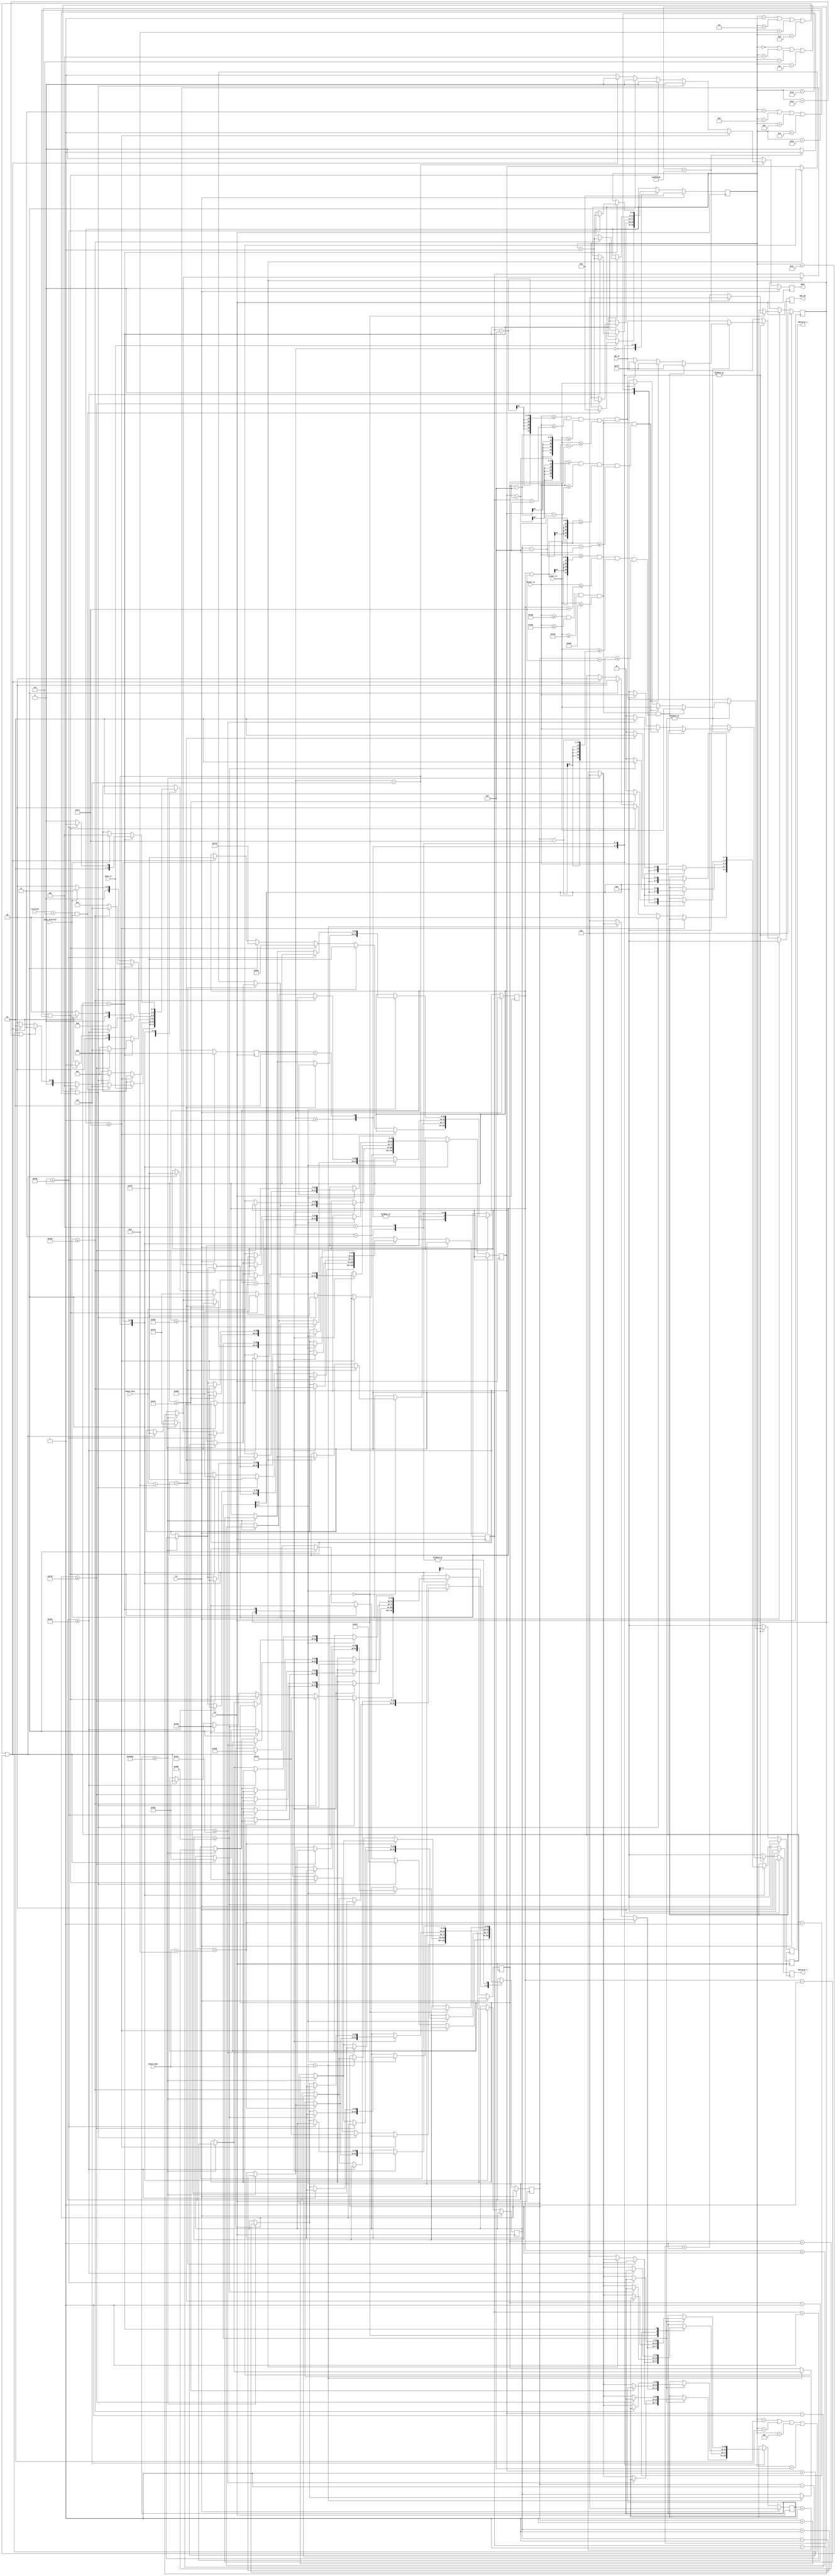
`timescale 1ns / 1ps
//////////////////////////////////////////////////////////////////////////////////
// Company: 
// Engineer: 
// 
// Design Name: 
// Module Name: splitting_obstacle
// Project Name: 
// Target Devices: 
// Tool Versions: 
// Description: 
// 
// Dependencies: 
// 
// Revision:
// Revision 0.01 - File Created
// Additional Comments:
// 
//////////////////////////////////////////////////////////////////////////////////

/*
/MO-created module. 
/
*/

module splitting_obstacle
    #( parameter
        SELECT_CODE = 3'b110
    )
    (
        input wire  [11:0] vcount_in,
        input wire  [11:0] hcount_in,
        input wire clk,
        input wire rst,
        input wire [11:0] rgb_in,
        input wire play_selected,
        input wire [2:0] selected,
        input wire done_in,
        input wire [11:0] mouse_xpos,
        input wire [11:0] mouse_ypos,
        
        output reg [11:0] rgb_out,
        output reg [11:0] obstacle_x,
        output reg [11:0] obstacle_y,
        output reg done
    );

localparam COUNTER_AIM              = 65000000,     //1 sec
           COUNTER_FASTER_MOVE      = 150000,
           COUNTER_FAST_MOVE        = 300000,
           COUNTER_AFTER_FALL       = 32500000;   //0,5 sec
           
localparam IDLE                 = 3'b000,
           THROW_FROM_TOP       = 3'b001,
           THROW_FROM_BOTTOM    = 3'b010,
           THROW_FROM_LEFT      = 3'b011,
           THROW_FROM_RIGHT     = 3'b100,
           THROW_DISTRIBUTOR    = 3'b101;

localparam AIMING   = 2'b00,
           FALLING  = 2'b01,
           SPLIT    = 2'b10;

localparam BIG_SQUARE_WIDTH     = 20,
           SMALL_SQUARE_WIDTH   = 15;

localparam GAME_FIELD_TOP       = 317,
           GAME_FIELD_BOTTOM    = 617,
           GAME_FIELD_LEFT      = 361,
           GAME_FIELD_RIGHT     = 661,
           X_AXIS_MIDDLE        = (GAME_FIELD_LEFT + GAME_FIELD_RIGHT)/2,
           Y_AXIS_MIDDLE        = (GAME_FIELD_TOP + GAME_FIELD_BOTTOM)/2,
           MAX_DIST_FROM_BORDER = 90;

//basic regs           
reg [2:0] state, state_nxt;
reg [1:0] obstacle_state, obstacle_state_nxt;           
reg [11:0] rgb_nxt;
reg done_nxt;
    
//waiting counters
reg [25:0] aim_counter, aim_counter_nxt;
reg [25:0] counter_obstacle_move, counter_obstacle_move_nxt;
reg [25:0] counter_after_fall, counter_after_fall_nxt;

//dmg field of obstacle
reg [11:0] obstacle_x_nxt, obstacle_y_nxt;

//regs for moving the obstacle
reg [25:0] obstacle_center_x, obstacle_center_x_nxt, obstacle_center_y, obstacle_center_y_nxt; //main obstacle before split, also center obstacle after split
reg [25:0] obstacle_left_x, obstacle_left_x_nxt, obstacle_left_y, obstacle_left_y_nxt;     //left is also top obstacle after split
reg [25:0] obstacle_right_x, obstacle_right_x_nxt, obstacle_right_y ,obstacle_right_y_nxt;   //right is also bot obstacle after split

//specialist regs
reg [5:0] throw_counter, throw_counter_nxt;




always @(posedge clk) begin
    if (rst) begin
        state                       <= IDLE;
        obstacle_state              <= AIMING;
        rgb_out                     <= 0; 
        obstacle_x                  <= 0;
        obstacle_y                  <= 0;
        counter_obstacle_move       <= 0;
        counter_after_fall          <= 0;
        throw_counter               <= 0;
        done                        <= 0;
        aim_counter                 <= 0;



    end
    else begin
        state                       <= state_nxt;
        obstacle_state              <= obstacle_state_nxt;
        rgb_out                     <= rgb_nxt;
        
        obstacle_x                  <= obstacle_x_nxt;
        obstacle_y                  <= obstacle_y_nxt;
        
        obstacle_center_x           <= obstacle_center_x_nxt;
        obstacle_center_y           <= obstacle_center_y_nxt;
        
        obstacle_left_x             <= obstacle_left_x_nxt;
        obstacle_left_y             <= obstacle_left_y_nxt;
        
        obstacle_right_x            <= obstacle_right_x_nxt;
        obstacle_right_y            <= obstacle_right_y_nxt;
        
        counter_obstacle_move       <= counter_obstacle_move_nxt;
        counter_after_fall          <= counter_after_fall_nxt;
        throw_counter               <= throw_counter_nxt;
        done                        <= done_nxt;
        aim_counter                 <= aim_counter_nxt;

    end
end

always @* begin
    rgb_nxt                         = rgb_in;
    state_nxt                       = IDLE;
    obstacle_state_nxt              = obstacle_state;
    counter_obstacle_move_nxt       = counter_obstacle_move;
    counter_after_fall_nxt          = counter_after_fall;
    throw_counter_nxt               = throw_counter;
    obstacle_x_nxt                  = 0;
    obstacle_y_nxt                  = 0;
    done_nxt                        = 0;
    aim_counter_nxt                 = aim_counter;

    obstacle_center_x_nxt           = obstacle_center_x;
    obstacle_center_y_nxt           = obstacle_center_y;
    
    obstacle_left_x_nxt             = obstacle_left_x;
    obstacle_left_y_nxt             = obstacle_left_y;
    
    obstacle_right_x_nxt            = obstacle_right_x;
    obstacle_right_y_nxt            = obstacle_right_y;
    
    case (state)
        IDLE: begin
            if (done_in) begin
                if ((selected == SELECT_CODE) && play_selected) begin
                    state_nxt = THROW_DISTRIBUTOR;
                    throw_counter_nxt = 0;
                    end
                end
            else
                state_nxt = IDLE;

        end //end state
        
        THROW_DISTRIBUTOR: begin
            //finish obstacle
            if (throw_counter >= 20) begin
                state_nxt = IDLE;
                done_nxt = 1;
                end
            //THROW_FROM_TOP
            else if (throw_counter == 0 || throw_counter == 4 || throw_counter == 6 || throw_counter == 12 || throw_counter == 18 ) begin
                state_nxt = THROW_FROM_TOP;
                obstacle_center_x_nxt = X_AXIS_MIDDLE;
                obstacle_center_y_nxt = GAME_FIELD_TOP + BIG_SQUARE_WIDTH;
                obstacle_left_x_nxt = X_AXIS_MIDDLE;
                obstacle_left_y_nxt = GAME_FIELD_TOP + SMALL_SQUARE_WIDTH;
                obstacle_right_x_nxt = X_AXIS_MIDDLE;
                obstacle_right_y_nxt = GAME_FIELD_TOP + SMALL_SQUARE_WIDTH;
                obstacle_state_nxt = AIMING;
                end
            //THROW_FROM_RIGHT
            else if (throw_counter == 3 || throw_counter == 8 || throw_counter == 9 || throw_counter == 14 || throw_counter == 16 ) begin
                state_nxt = THROW_FROM_RIGHT;
                obstacle_center_x_nxt = GAME_FIELD_RIGHT - BIG_SQUARE_WIDTH;
                obstacle_center_y_nxt = Y_AXIS_MIDDLE;
                obstacle_left_x_nxt = GAME_FIELD_RIGHT - SMALL_SQUARE_WIDTH;
                obstacle_left_y_nxt = Y_AXIS_MIDDLE;
                obstacle_right_x_nxt = GAME_FIELD_RIGHT - SMALL_SQUARE_WIDTH;
                obstacle_right_y_nxt = Y_AXIS_MIDDLE;
                obstacle_state_nxt = AIMING;
                end
            //THROW_FROM_LEFT
            else if (throw_counter == 2 || throw_counter == 5 || throw_counter == 11 || throw_counter == 15 || throw_counter == 19 ) begin
                state_nxt = THROW_FROM_LEFT;
                obstacle_center_x_nxt = GAME_FIELD_LEFT + BIG_SQUARE_WIDTH;
                obstacle_center_y_nxt = Y_AXIS_MIDDLE;
                obstacle_left_x_nxt = GAME_FIELD_LEFT + SMALL_SQUARE_WIDTH;
                obstacle_left_y_nxt = Y_AXIS_MIDDLE;
                obstacle_right_x_nxt = GAME_FIELD_LEFT + SMALL_SQUARE_WIDTH;
                obstacle_right_y_nxt = Y_AXIS_MIDDLE;
                obstacle_state_nxt = AIMING;
                end
            //THROW_FROM_BOTTOM
            else if (throw_counter == 1 || throw_counter == 7 || throw_counter == 10 || throw_counter == 13 || throw_counter == 17 ) begin
                state_nxt = THROW_FROM_BOTTOM;
                obstacle_center_x_nxt = X_AXIS_MIDDLE;
                obstacle_center_y_nxt = GAME_FIELD_BOTTOM - BIG_SQUARE_WIDTH;
                obstacle_left_x_nxt = X_AXIS_MIDDLE;
                obstacle_left_y_nxt = GAME_FIELD_BOTTOM - SMALL_SQUARE_WIDTH;
                obstacle_right_x_nxt = X_AXIS_MIDDLE;
                obstacle_right_y_nxt = GAME_FIELD_BOTTOM - SMALL_SQUARE_WIDTH;
                obstacle_state_nxt = AIMING;
                end
            //if somehow none of the above is true then end obstacle    
            else begin
                state_nxt = IDLE;
                done_nxt = 1;
                end


        end //end state
        
        THROW_FROM_TOP: begin
        
            if (!play_selected)
                state_nxt = IDLE;
            else 
                state_nxt = THROW_FROM_TOP; 
                
            case (obstacle_state)     
                AIMING: begin

                    if ((hcount_in >= GAME_FIELD_LEFT && hcount_in <= GAME_FIELD_RIGHT && vcount_in >= GAME_FIELD_TOP && vcount_in <= GAME_FIELD_BOTTOM) &&    //squares are visible only inside the game_field
                    (hcount_in >= obstacle_center_x - BIG_SQUARE_WIDTH && hcount_in <= obstacle_center_x + BIG_SQUARE_WIDTH && vcount_in >= obstacle_center_y - BIG_SQUARE_WIDTH && vcount_in <= obstacle_center_y + BIG_SQUARE_WIDTH ))  begin 
                        rgb_nxt = 12'hf_f_f;
                        obstacle_x_nxt = hcount_in;
                        obstacle_y_nxt = vcount_in;
                        end
                   else if ((hcount_in >= GAME_FIELD_LEFT && hcount_in <= GAME_FIELD_RIGHT && vcount_in >= GAME_FIELD_TOP && vcount_in <= GAME_FIELD_BOTTOM) &&    //squares are visible only inside the game_field
                   (hcount_in >= obstacle_left_x - SMALL_SQUARE_WIDTH && hcount_in <= obstacle_left_x + SMALL_SQUARE_WIDTH && vcount_in >= obstacle_left_y - SMALL_SQUARE_WIDTH && vcount_in <= obstacle_left_y + SMALL_SQUARE_WIDTH )) begin
                        rgb_nxt = 12'hf_f_f;
                        obstacle_x_nxt = hcount_in;
                        obstacle_y_nxt = vcount_in;
                        end
                    else if ((hcount_in >= GAME_FIELD_LEFT && hcount_in <= GAME_FIELD_RIGHT && vcount_in >= GAME_FIELD_TOP && vcount_in <= GAME_FIELD_BOTTOM) &&    //squares are visible only inside the game_field
                    (hcount_in >= obstacle_right_x - SMALL_SQUARE_WIDTH && hcount_in <= obstacle_right_x + SMALL_SQUARE_WIDTH && vcount_in >= obstacle_right_y - SMALL_SQUARE_WIDTH && vcount_in <= obstacle_right_y + SMALL_SQUARE_WIDTH )) begin
                        rgb_nxt = 12'hf_f_f;
                        obstacle_x_nxt = hcount_in;
                        obstacle_y_nxt = vcount_in;
                        end
                    else 
                        rgb_nxt = rgb_in;
                        
                    if (aim_counter == COUNTER_AIM) begin
                        aim_counter_nxt = 0;
                        obstacle_state_nxt = FALLING;
                        end
                    else begin
                        aim_counter_nxt = aim_counter + 1;
                        obstacle_state_nxt = AIMING;
                    end
                    
                    //spike x axis following , all 3 squares are moving together  
                    if (obstacle_center_x < mouse_xpos + (BIG_SQUARE_WIDTH/2)) begin              
                        if (counter_obstacle_move >= COUNTER_FAST_MOVE) begin
                            obstacle_center_x_nxt = obstacle_center_x + 1;
                            obstacle_left_x_nxt = obstacle_left_x + 1;
                            obstacle_right_x_nxt = obstacle_right_x + 1;
                            counter_obstacle_move_nxt = 0;
                            end
                        else
                            counter_obstacle_move_nxt = counter_obstacle_move + 1;
                        end
                    else if (obstacle_center_x > mouse_xpos) begin         
                        if (counter_obstacle_move >= COUNTER_FAST_MOVE) begin
                            obstacle_center_x_nxt = obstacle_center_x - 1;
                            obstacle_left_x_nxt = obstacle_left_x - 1;
                            obstacle_right_x_nxt = obstacle_right_x - 1;
                            counter_obstacle_move_nxt = 0;
                            end
                        else
                            counter_obstacle_move_nxt = counter_obstacle_move + 1; 
                        end
                    else begin                                          
                        obstacle_center_x_nxt = obstacle_center_x;
                        counter_obstacle_move_nxt = 0;
                        end
                end //end obstacle_state

                //all 3 of the squares falling together
                FALLING: begin
    
                    if ((hcount_in >= GAME_FIELD_LEFT && hcount_in <= GAME_FIELD_RIGHT && vcount_in >= GAME_FIELD_TOP && vcount_in <= GAME_FIELD_BOTTOM) &&    //squares are visible only inside the game_field
                    (hcount_in >= obstacle_center_x - BIG_SQUARE_WIDTH && hcount_in <= obstacle_center_x + BIG_SQUARE_WIDTH && vcount_in >= obstacle_center_y - BIG_SQUARE_WIDTH && vcount_in <= obstacle_center_y + BIG_SQUARE_WIDTH ))  begin 
                        rgb_nxt = 12'hf_f_f;
                        obstacle_x_nxt = hcount_in;
                        obstacle_y_nxt = vcount_in;
                        end
                   else if ((hcount_in >= GAME_FIELD_LEFT && hcount_in <= GAME_FIELD_RIGHT && vcount_in >= GAME_FIELD_TOP && vcount_in <= GAME_FIELD_BOTTOM) &&    //squares are visible only inside the game_field
                   (hcount_in >= obstacle_left_x - SMALL_SQUARE_WIDTH && hcount_in <= obstacle_left_x + SMALL_SQUARE_WIDTH && vcount_in >= obstacle_left_y - SMALL_SQUARE_WIDTH && vcount_in <= obstacle_left_y + SMALL_SQUARE_WIDTH )) begin
                        rgb_nxt = 12'hf_f_f;
                        obstacle_x_nxt = hcount_in;
                        obstacle_y_nxt = vcount_in;
                        end
                    else if ((hcount_in >= GAME_FIELD_LEFT && hcount_in <= GAME_FIELD_RIGHT && vcount_in >= GAME_FIELD_TOP && vcount_in <= GAME_FIELD_BOTTOM) &&    //squares are visible only inside the game_field
                    (hcount_in >= obstacle_right_x - SMALL_SQUARE_WIDTH && hcount_in <= obstacle_right_x + SMALL_SQUARE_WIDTH && vcount_in >= obstacle_right_y - SMALL_SQUARE_WIDTH && vcount_in <= obstacle_right_y + SMALL_SQUARE_WIDTH )) begin
                        rgb_nxt = 12'hf_f_f;
                        obstacle_x_nxt = hcount_in;
                        obstacle_y_nxt = vcount_in;
                        end
                    else 
                        rgb_nxt = rgb_in;
                        
                        
                    if (obstacle_center_y >= GAME_FIELD_TOP + MAX_DIST_FROM_BORDER) begin
                        obstacle_state_nxt = SPLIT;
                        end
                    else begin
                        obstacle_state_nxt =  FALLING;
                        //spike falling without changing x value
                        if (counter_obstacle_move >= COUNTER_FAST_MOVE) begin  
                            obstacle_center_y_nxt = obstacle_center_y + 1;
                            obstacle_left_y_nxt = obstacle_left_y + 1;
                            obstacle_right_y_nxt = obstacle_right_y + 1;
                            counter_obstacle_move_nxt = 0;
                            end
                        else begin
                            counter_obstacle_move_nxt = counter_obstacle_move + 1;
                            end
                        end    
                end //end obstacle_state
                
                //"left" and "right" square are starting to go in 45 degree angle towards opposite border
                SPLIT: begin

                    if ((hcount_in >= GAME_FIELD_LEFT && hcount_in <= GAME_FIELD_RIGHT && vcount_in >= GAME_FIELD_TOP && vcount_in <= GAME_FIELD_BOTTOM) &&         //squares are visible only inside the game_field
                    (hcount_in >= obstacle_center_x - BIG_SQUARE_WIDTH && hcount_in <= obstacle_center_x + BIG_SQUARE_WIDTH && vcount_in >= obstacle_center_y - BIG_SQUARE_WIDTH && vcount_in <= obstacle_center_y + BIG_SQUARE_WIDTH ))  begin 
                        rgb_nxt = 12'hf_f_f;
                        obstacle_x_nxt = hcount_in;
                        obstacle_y_nxt = vcount_in;
                        end
                    else if ( (hcount_in >= GAME_FIELD_LEFT && hcount_in <= GAME_FIELD_RIGHT && vcount_in >= GAME_FIELD_TOP && vcount_in <= GAME_FIELD_BOTTOM) &&   //squares are visible only inside the game_field
                    (hcount_in >= obstacle_left_x - SMALL_SQUARE_WIDTH && hcount_in <= obstacle_left_x + SMALL_SQUARE_WIDTH && vcount_in >= obstacle_left_y - SMALL_SQUARE_WIDTH && vcount_in <= obstacle_left_y + SMALL_SQUARE_WIDTH) ) begin
                        rgb_nxt = 12'hf_f_f;
                        obstacle_x_nxt = hcount_in;
                        obstacle_y_nxt = vcount_in;
                        end
                    else if ((hcount_in >= GAME_FIELD_LEFT && hcount_in <= GAME_FIELD_RIGHT && vcount_in >= GAME_FIELD_TOP && vcount_in <= GAME_FIELD_BOTTOM) &&    //squares are visible only inside the game_field
                    (hcount_in >= obstacle_right_x - SMALL_SQUARE_WIDTH && hcount_in <= obstacle_right_x + SMALL_SQUARE_WIDTH && vcount_in >= obstacle_right_y - SMALL_SQUARE_WIDTH && vcount_in <= obstacle_right_y + SMALL_SQUARE_WIDTH )) begin
                        rgb_nxt = 12'hf_f_f;
                        obstacle_x_nxt = hcount_in;
                        obstacle_y_nxt = vcount_in;
                        end
                    else 
                        rgb_nxt = rgb_in;
                        
                    //since all squares are movving towards opposite border with same speed, only need to check if one of them touched bottom    
                    if (obstacle_center_y >= GAME_FIELD_BOTTOM + BIG_SQUARE_WIDTH) begin
                        state_nxt = THROW_DISTRIBUTOR;
                        throw_counter_nxt = throw_counter + 1;
                        end
                    else begin
                        state_nxt =  THROW_FROM_TOP;
                        if (counter_obstacle_move >= COUNTER_FAST_MOVE) begin  
                            obstacle_center_y_nxt = obstacle_center_y + 1;
                            obstacle_left_x_nxt = obstacle_left_x - 1;
                            obstacle_left_y_nxt = obstacle_left_y + 1;
                            obstacle_right_x_nxt = obstacle_right_x + 1;
                            obstacle_right_y_nxt = obstacle_right_y + 1;
                            counter_obstacle_move_nxt = 0;
                            end
                        else begin
                            counter_obstacle_move_nxt = counter_obstacle_move + 1;
                            end
                        end   
                end //end obstacle_state
            endcase //end obstacle_state case

        end //end state

        THROW_FROM_BOTTOM: begin
        
            if (!play_selected)
                state_nxt = IDLE;
            else 
                state_nxt = THROW_FROM_BOTTOM; 
                
            case (obstacle_state)     
                AIMING: begin

                    if ((hcount_in >= GAME_FIELD_LEFT && hcount_in <= GAME_FIELD_RIGHT && vcount_in >= GAME_FIELD_TOP && vcount_in <= GAME_FIELD_BOTTOM) &&    //squares are visible only inside the game_field
                    (hcount_in >= obstacle_center_x - BIG_SQUARE_WIDTH && hcount_in <= obstacle_center_x + BIG_SQUARE_WIDTH && vcount_in >= obstacle_center_y - BIG_SQUARE_WIDTH && vcount_in <= obstacle_center_y + BIG_SQUARE_WIDTH ))  begin 
                        rgb_nxt = 12'hf_f_f;
                        obstacle_x_nxt = hcount_in;
                        obstacle_y_nxt = vcount_in;
                        end
                   else if ((hcount_in >= GAME_FIELD_LEFT && hcount_in <= GAME_FIELD_RIGHT && vcount_in >= GAME_FIELD_TOP && vcount_in <= GAME_FIELD_BOTTOM) &&    //squares are visible only inside the game_field
                   (hcount_in >= obstacle_left_x - SMALL_SQUARE_WIDTH && hcount_in <= obstacle_left_x + SMALL_SQUARE_WIDTH && vcount_in >= obstacle_left_y - SMALL_SQUARE_WIDTH && vcount_in <= obstacle_left_y + SMALL_SQUARE_WIDTH )) begin
                        rgb_nxt = 12'hf_f_f;
                        obstacle_x_nxt = hcount_in;
                        obstacle_y_nxt = vcount_in;
                        end
                    else if ((hcount_in >= GAME_FIELD_LEFT && hcount_in <= GAME_FIELD_RIGHT && vcount_in >= GAME_FIELD_TOP && vcount_in <= GAME_FIELD_BOTTOM) &&    //squares are visible only inside the game_field
                    (hcount_in >= obstacle_right_x - SMALL_SQUARE_WIDTH && hcount_in <= obstacle_right_x + SMALL_SQUARE_WIDTH && vcount_in >= obstacle_right_y - SMALL_SQUARE_WIDTH && vcount_in <= obstacle_right_y + SMALL_SQUARE_WIDTH )) begin
                        rgb_nxt = 12'hf_f_f;
                        obstacle_x_nxt = hcount_in;
                        obstacle_y_nxt = vcount_in;
                        end
                    else 
                        rgb_nxt = rgb_in;
                        
                    if (aim_counter == COUNTER_AIM) begin
                        aim_counter_nxt = 0;
                        obstacle_state_nxt = FALLING;
                        end
                    else begin
                        aim_counter_nxt = aim_counter + 1;
                        obstacle_state_nxt = AIMING;
                    end
                    
                    // x axis following , all 3 squares are moving together  
                    if (obstacle_center_x < mouse_xpos + (BIG_SQUARE_WIDTH/2)) begin              
                        if (counter_obstacle_move >= COUNTER_FAST_MOVE) begin
                            obstacle_center_x_nxt = obstacle_center_x + 1;
                            obstacle_left_x_nxt = obstacle_left_x + 1;
                            obstacle_right_x_nxt = obstacle_right_x + 1;
                            counter_obstacle_move_nxt = 0;
                            end
                        else
                            counter_obstacle_move_nxt = counter_obstacle_move + 1;
                        end
                    else if (obstacle_center_x > mouse_xpos) begin         
                        if (counter_obstacle_move >= COUNTER_FAST_MOVE) begin
                            obstacle_center_x_nxt = obstacle_center_x - 1;
                            obstacle_left_x_nxt = obstacle_left_x - 1;
                            obstacle_right_x_nxt = obstacle_right_x - 1;
                            counter_obstacle_move_nxt = 0;
                            end
                        else
                            counter_obstacle_move_nxt = counter_obstacle_move + 1; 
                        end
                    else begin                                          
                        obstacle_center_x_nxt = obstacle_center_x;
                        counter_obstacle_move_nxt = 0;
                        end
                end //end obstacle_state

                //all 3 of the squares falling together
                FALLING: begin
    
                    if ((hcount_in >= GAME_FIELD_LEFT && hcount_in <= GAME_FIELD_RIGHT && vcount_in >= GAME_FIELD_TOP && vcount_in <= GAME_FIELD_BOTTOM) &&    //squares are visible only inside the game_field
                    (hcount_in >= obstacle_center_x - BIG_SQUARE_WIDTH && hcount_in <= obstacle_center_x + BIG_SQUARE_WIDTH && vcount_in >= obstacle_center_y - BIG_SQUARE_WIDTH && vcount_in <= obstacle_center_y + BIG_SQUARE_WIDTH ))  begin 
                        rgb_nxt = 12'hf_f_f;
                        obstacle_x_nxt = hcount_in;
                        obstacle_y_nxt = vcount_in;
                        end
                   else if ((hcount_in >= GAME_FIELD_LEFT && hcount_in <= GAME_FIELD_RIGHT && vcount_in >= GAME_FIELD_TOP && vcount_in <= GAME_FIELD_BOTTOM) &&    //squares are visible only inside the game_field
                   (hcount_in >= obstacle_left_x - SMALL_SQUARE_WIDTH && hcount_in <= obstacle_left_x + SMALL_SQUARE_WIDTH && vcount_in >= obstacle_left_y - SMALL_SQUARE_WIDTH && vcount_in <= obstacle_left_y + SMALL_SQUARE_WIDTH )) begin
                        rgb_nxt = 12'hf_f_f;
                        obstacle_x_nxt = hcount_in;
                        obstacle_y_nxt = vcount_in;
                        end
                    else if ((hcount_in >= GAME_FIELD_LEFT && hcount_in <= GAME_FIELD_RIGHT && vcount_in >= GAME_FIELD_TOP && vcount_in <= GAME_FIELD_BOTTOM) &&    //squares are visible only inside the game_field
                    (hcount_in >= obstacle_right_x - SMALL_SQUARE_WIDTH && hcount_in <= obstacle_right_x + SMALL_SQUARE_WIDTH && vcount_in >= obstacle_right_y - SMALL_SQUARE_WIDTH && vcount_in <= obstacle_right_y + SMALL_SQUARE_WIDTH )) begin
                        rgb_nxt = 12'hf_f_f;
                        obstacle_x_nxt = hcount_in;
                        obstacle_y_nxt = vcount_in;
                        end
                    else 
                        rgb_nxt = rgb_in;
                        
                        
                    if (obstacle_center_y <= GAME_FIELD_BOTTOM - MAX_DIST_FROM_BORDER) begin
                        obstacle_state_nxt = SPLIT;
                        end
                    else begin
                        obstacle_state_nxt =  FALLING;

                        if (counter_obstacle_move >= COUNTER_FAST_MOVE) begin  
                            obstacle_center_y_nxt = obstacle_center_y - 1;
                            obstacle_left_y_nxt = obstacle_left_y - 1;
                            obstacle_right_y_nxt = obstacle_right_y - 1;
                            counter_obstacle_move_nxt = 0;
                            end
                        else begin
                            counter_obstacle_move_nxt = counter_obstacle_move + 1;
                            end
                        end    
                end //end obstacle_state
                
                //"left" and "right" square are starting to go in 45 degree angle towards opposite border
                SPLIT: begin
                    
                    if ((hcount_in >= GAME_FIELD_LEFT && hcount_in <= GAME_FIELD_RIGHT && vcount_in >= GAME_FIELD_TOP && vcount_in <= GAME_FIELD_BOTTOM) &&         //squares are visible only inside the game_field
                    (hcount_in >= obstacle_center_x - BIG_SQUARE_WIDTH && hcount_in <= obstacle_center_x + BIG_SQUARE_WIDTH && vcount_in >= obstacle_center_y - BIG_SQUARE_WIDTH && vcount_in <= obstacle_center_y + BIG_SQUARE_WIDTH ))  begin 
                        rgb_nxt = 12'hf_f_f;
                        obstacle_x_nxt = hcount_in;
                        obstacle_y_nxt = vcount_in;
                        end
                    else if ( (hcount_in >= GAME_FIELD_LEFT && hcount_in <= GAME_FIELD_RIGHT && vcount_in >= GAME_FIELD_TOP && vcount_in <= GAME_FIELD_BOTTOM) &&   //squares are visible only inside the game_field
                    (hcount_in >= obstacle_left_x - SMALL_SQUARE_WIDTH && hcount_in <= obstacle_left_x + SMALL_SQUARE_WIDTH && vcount_in >= obstacle_left_y - SMALL_SQUARE_WIDTH && vcount_in <= obstacle_left_y + SMALL_SQUARE_WIDTH) ) begin
                        rgb_nxt = 12'hf_f_f;
                        obstacle_x_nxt = hcount_in;
                        obstacle_y_nxt = vcount_in;
                        end
                    else if ((hcount_in >= GAME_FIELD_LEFT && hcount_in <= GAME_FIELD_RIGHT && vcount_in >= GAME_FIELD_TOP && vcount_in <= GAME_FIELD_BOTTOM) &&    //squares are visible only inside the game_field
                    (hcount_in >= obstacle_right_x - SMALL_SQUARE_WIDTH && hcount_in <= obstacle_right_x + SMALL_SQUARE_WIDTH && vcount_in >= obstacle_right_y - SMALL_SQUARE_WIDTH && vcount_in <= obstacle_right_y + SMALL_SQUARE_WIDTH )) begin
                        rgb_nxt = 12'hf_f_f;
                        obstacle_x_nxt = hcount_in;
                        obstacle_y_nxt = vcount_in;
                        end
                    else 
                        rgb_nxt = rgb_in;
                        
                    //since all squares are movving towards opposite border with same speed, only need to check if one of them touched bottom    
                    if (obstacle_center_y <= GAME_FIELD_TOP - BIG_SQUARE_WIDTH) begin
                        state_nxt = THROW_DISTRIBUTOR;
                        throw_counter_nxt = throw_counter + 1;
                        end
                    else begin
                        state_nxt =  THROW_FROM_BOTTOM;
                        if (counter_obstacle_move >= COUNTER_FAST_MOVE) begin  
                            obstacle_center_y_nxt = obstacle_center_y - 1;
                            obstacle_left_x_nxt = obstacle_left_x - 1;
                            obstacle_left_y_nxt = obstacle_left_y - 1;
                            obstacle_right_x_nxt = obstacle_right_x + 1;
                            obstacle_right_y_nxt = obstacle_right_y - 1;
                            counter_obstacle_move_nxt = 0;
                            end
                        else begin
                            counter_obstacle_move_nxt = counter_obstacle_move + 1;
                            end
                        end   
                end //end obstacle_state
            endcase //end obstacle_state case

        end //end state

        THROW_FROM_LEFT: begin
        
            if (!play_selected)
                state_nxt = IDLE;
            else 
                state_nxt = THROW_FROM_LEFT; 
                
            case (obstacle_state)     
                AIMING: begin

                    if ((hcount_in >= GAME_FIELD_LEFT && hcount_in <= GAME_FIELD_RIGHT && vcount_in >= GAME_FIELD_TOP && vcount_in <= GAME_FIELD_BOTTOM) &&    //squares are visible only inside the game_field
                    (hcount_in >= obstacle_center_x - BIG_SQUARE_WIDTH && hcount_in <= obstacle_center_x + BIG_SQUARE_WIDTH && vcount_in >= obstacle_center_y - BIG_SQUARE_WIDTH && vcount_in <= obstacle_center_y + BIG_SQUARE_WIDTH ))  begin 
                        rgb_nxt = 12'hf_f_f;
                        obstacle_x_nxt = hcount_in;
                        obstacle_y_nxt = vcount_in;
                        end
                   else if ((hcount_in >= GAME_FIELD_LEFT && hcount_in <= GAME_FIELD_RIGHT && vcount_in >= GAME_FIELD_TOP && vcount_in <= GAME_FIELD_BOTTOM) &&    //squares are visible only inside the game_field
                   (hcount_in >= obstacle_left_x - SMALL_SQUARE_WIDTH && hcount_in <= obstacle_left_x + SMALL_SQUARE_WIDTH && vcount_in >= obstacle_left_y - SMALL_SQUARE_WIDTH && vcount_in <= obstacle_left_y + SMALL_SQUARE_WIDTH )) begin
                        rgb_nxt = 12'hf_f_f;
                        obstacle_x_nxt = hcount_in;
                        obstacle_y_nxt = vcount_in;
                        end
                    else if ((hcount_in >= GAME_FIELD_LEFT && hcount_in <= GAME_FIELD_RIGHT && vcount_in >= GAME_FIELD_TOP && vcount_in <= GAME_FIELD_BOTTOM) &&    //squares are visible only inside the game_field
                    (hcount_in >= obstacle_right_x - SMALL_SQUARE_WIDTH && hcount_in <= obstacle_right_x + SMALL_SQUARE_WIDTH && vcount_in >= obstacle_right_y - SMALL_SQUARE_WIDTH && vcount_in <= obstacle_right_y + SMALL_SQUARE_WIDTH )) begin
                        rgb_nxt = 12'hf_f_f;
                        obstacle_x_nxt = hcount_in;
                        obstacle_y_nxt = vcount_in;
                        end
                    else 
                        rgb_nxt = rgb_in;
                        
                    if (aim_counter == COUNTER_AIM) begin
                        aim_counter_nxt = 0;
                        obstacle_state_nxt = FALLING;
                        end
                    else begin
                        aim_counter_nxt = aim_counter + 1;
                        obstacle_state_nxt = AIMING;
                    end
                    
                    // x axis following , all 3 squares are moving together  
                    if (obstacle_center_y < mouse_ypos + (BIG_SQUARE_WIDTH/2)) begin              
                        if (counter_obstacle_move >= COUNTER_FAST_MOVE) begin
                            obstacle_center_y_nxt = obstacle_center_y + 1;
                            obstacle_left_y_nxt = obstacle_left_y + 1;
                            obstacle_right_y_nxt = obstacle_right_y + 1;
                            counter_obstacle_move_nxt = 0;
                            end
                        else
                            counter_obstacle_move_nxt = counter_obstacle_move + 1;
                        end
                    else if (obstacle_center_y > mouse_ypos) begin         
                        if (counter_obstacle_move >= COUNTER_FAST_MOVE) begin
                            obstacle_center_y_nxt = obstacle_center_y - 1;
                            obstacle_left_y_nxt = obstacle_left_y - 1;
                            obstacle_right_y_nxt = obstacle_right_y - 1;
                            counter_obstacle_move_nxt = 0;
                            end
                        else
                            counter_obstacle_move_nxt = counter_obstacle_move + 1; 
                        end
                    else begin                                          
                        obstacle_center_y_nxt = obstacle_center_y;
                        counter_obstacle_move_nxt = 0;
                        end
                end //end obstacle_state

                //all 3 of the squares falling together
                FALLING: begin
    
                    if ((hcount_in >= GAME_FIELD_LEFT && hcount_in <= GAME_FIELD_RIGHT && vcount_in >= GAME_FIELD_TOP && vcount_in <= GAME_FIELD_BOTTOM) &&    //squares are visible only inside the game_field
                    (hcount_in >= obstacle_center_x - BIG_SQUARE_WIDTH && hcount_in <= obstacle_center_x + BIG_SQUARE_WIDTH && vcount_in >= obstacle_center_y - BIG_SQUARE_WIDTH && vcount_in <= obstacle_center_y + BIG_SQUARE_WIDTH ))  begin 
                        rgb_nxt = 12'hf_f_f;
                        obstacle_x_nxt = hcount_in;
                        obstacle_y_nxt = vcount_in;
                        end
                   else if ((hcount_in >= GAME_FIELD_LEFT && hcount_in <= GAME_FIELD_RIGHT && vcount_in >= GAME_FIELD_TOP && vcount_in <= GAME_FIELD_BOTTOM) &&    //squares are visible only inside the game_field
                   (hcount_in >= obstacle_left_x - SMALL_SQUARE_WIDTH && hcount_in <= obstacle_left_x + SMALL_SQUARE_WIDTH && vcount_in >= obstacle_left_y - SMALL_SQUARE_WIDTH && vcount_in <= obstacle_left_y + SMALL_SQUARE_WIDTH )) begin
                        rgb_nxt = 12'hf_f_f;
                        obstacle_x_nxt = hcount_in;
                        obstacle_y_nxt = vcount_in;
                        end
                    else if ((hcount_in >= GAME_FIELD_LEFT && hcount_in <= GAME_FIELD_RIGHT && vcount_in >= GAME_FIELD_TOP && vcount_in <= GAME_FIELD_BOTTOM) &&    //squares are visible only inside the game_field
                    (hcount_in >= obstacle_right_x - SMALL_SQUARE_WIDTH && hcount_in <= obstacle_right_x + SMALL_SQUARE_WIDTH && vcount_in >= obstacle_right_y - SMALL_SQUARE_WIDTH && vcount_in <= obstacle_right_y + SMALL_SQUARE_WIDTH )) begin
                        rgb_nxt = 12'hf_f_f;
                        obstacle_x_nxt = hcount_in;
                        obstacle_y_nxt = vcount_in;
                        end
                    else 
                        rgb_nxt = rgb_in;
                        
                        
                    if (obstacle_center_x >= GAME_FIELD_LEFT + MAX_DIST_FROM_BORDER) begin
                        obstacle_state_nxt = SPLIT;
                        end
                    else begin
                        obstacle_state_nxt =  FALLING;

                        if (counter_obstacle_move >= COUNTER_FAST_MOVE) begin  
                            obstacle_center_x_nxt = obstacle_center_x + 1;
                            obstacle_left_x_nxt = obstacle_left_x + 1;
                            obstacle_right_x_nxt = obstacle_right_x + 1;
                            counter_obstacle_move_nxt = 0;
                            end
                        else begin
                            counter_obstacle_move_nxt = counter_obstacle_move + 1;
                            end
                        end    
                end //end obstacle_state
                
                //"left" and "right" square are starting to go in 45 degree angle towards opposite border
                SPLIT: begin
                    
                    if ((hcount_in >= GAME_FIELD_LEFT && hcount_in <= GAME_FIELD_RIGHT && vcount_in >= GAME_FIELD_TOP && vcount_in <= GAME_FIELD_BOTTOM) &&         //squares are visible only inside the game_field
                    (hcount_in >= obstacle_center_x - BIG_SQUARE_WIDTH && hcount_in <= obstacle_center_x + BIG_SQUARE_WIDTH && vcount_in >= obstacle_center_y - BIG_SQUARE_WIDTH && vcount_in <= obstacle_center_y + BIG_SQUARE_WIDTH ))  begin 
                        rgb_nxt = 12'hf_f_f;
                        obstacle_x_nxt = hcount_in;
                        obstacle_y_nxt = vcount_in;
                        end
                    else if ( (hcount_in >= GAME_FIELD_LEFT && hcount_in <= GAME_FIELD_RIGHT && vcount_in >= GAME_FIELD_TOP && vcount_in <= GAME_FIELD_BOTTOM) &&   //squares are visible only inside the game_field
                    (hcount_in >= obstacle_left_x - SMALL_SQUARE_WIDTH && hcount_in <= obstacle_left_x + SMALL_SQUARE_WIDTH && vcount_in >= obstacle_left_y - SMALL_SQUARE_WIDTH && vcount_in <= obstacle_left_y + SMALL_SQUARE_WIDTH) ) begin
                        rgb_nxt = 12'hf_f_f;
                        obstacle_x_nxt = hcount_in;
                        obstacle_y_nxt = vcount_in;
                        end
                    else if ((hcount_in >= GAME_FIELD_LEFT && hcount_in <= GAME_FIELD_RIGHT && vcount_in >= GAME_FIELD_TOP && vcount_in <= GAME_FIELD_BOTTOM) &&    //squares are visible only inside the game_field
                    (hcount_in >= obstacle_right_x - SMALL_SQUARE_WIDTH && hcount_in <= obstacle_right_x + SMALL_SQUARE_WIDTH && vcount_in >= obstacle_right_y - SMALL_SQUARE_WIDTH && vcount_in <= obstacle_right_y + SMALL_SQUARE_WIDTH )) begin
                        rgb_nxt = 12'hf_f_f;
                        obstacle_x_nxt = hcount_in;
                        obstacle_y_nxt = vcount_in;
                        end
                    else 
                        rgb_nxt = rgb_in;
                        
                    //since all squares are movving towards opposite border with same speed, only need to check if one of them touched bottom    
                    if (obstacle_center_x >= GAME_FIELD_RIGHT + BIG_SQUARE_WIDTH) begin
                        state_nxt = THROW_DISTRIBUTOR;
                        throw_counter_nxt = throw_counter + 1;
                        end
                    else begin
                        state_nxt =  THROW_FROM_LEFT;
                        if (counter_obstacle_move >= COUNTER_FAST_MOVE) begin  
                            obstacle_center_x_nxt = obstacle_center_x + 1;
                            obstacle_left_x_nxt = obstacle_left_x + 1;
                            obstacle_left_y_nxt = obstacle_left_y - 1;
                            obstacle_right_x_nxt = obstacle_right_x + 1;
                            obstacle_right_y_nxt = obstacle_right_y + 1;
                            counter_obstacle_move_nxt = 0;
                            end
                        else begin
                            counter_obstacle_move_nxt = counter_obstacle_move + 1;
                            end
                        end   
                end //end obstacle_state
            endcase //end obstacle_state case

        end //end state

        THROW_FROM_RIGHT: begin
        
            if (!play_selected)
                state_nxt = IDLE;
            else 
                state_nxt = THROW_FROM_RIGHT; 
                
            case (obstacle_state)     
                AIMING: begin

                    if ((hcount_in >= GAME_FIELD_LEFT && hcount_in <= GAME_FIELD_RIGHT && vcount_in >= GAME_FIELD_TOP && vcount_in <= GAME_FIELD_BOTTOM) &&    //squares are visible only inside the game_field
                    (hcount_in >= obstacle_center_x - BIG_SQUARE_WIDTH && hcount_in <= obstacle_center_x + BIG_SQUARE_WIDTH && vcount_in >= obstacle_center_y - BIG_SQUARE_WIDTH && vcount_in <= obstacle_center_y + BIG_SQUARE_WIDTH ))  begin 
                        rgb_nxt = 12'hf_f_f;
                        obstacle_x_nxt = hcount_in;
                        obstacle_y_nxt = vcount_in;
                        end
                   else if ((hcount_in >= GAME_FIELD_LEFT && hcount_in <= GAME_FIELD_RIGHT && vcount_in >= GAME_FIELD_TOP && vcount_in <= GAME_FIELD_BOTTOM) &&    //squares are visible only inside the game_field
                   (hcount_in >= obstacle_left_x - SMALL_SQUARE_WIDTH && hcount_in <= obstacle_left_x + SMALL_SQUARE_WIDTH && vcount_in >= obstacle_left_y - SMALL_SQUARE_WIDTH && vcount_in <= obstacle_left_y + SMALL_SQUARE_WIDTH )) begin
                        rgb_nxt = 12'hf_f_f;
                        obstacle_x_nxt = hcount_in;
                        obstacle_y_nxt = vcount_in;
                        end
                    else if ((hcount_in >= GAME_FIELD_LEFT && hcount_in <= GAME_FIELD_RIGHT && vcount_in >= GAME_FIELD_TOP && vcount_in <= GAME_FIELD_BOTTOM) &&    //squares are visible only inside the game_field
                    (hcount_in >= obstacle_right_x - SMALL_SQUARE_WIDTH && hcount_in <= obstacle_right_x + SMALL_SQUARE_WIDTH && vcount_in >= obstacle_right_y - SMALL_SQUARE_WIDTH && vcount_in <= obstacle_right_y + SMALL_SQUARE_WIDTH )) begin
                        rgb_nxt = 12'hf_f_f;
                        obstacle_x_nxt = hcount_in;
                        obstacle_y_nxt = vcount_in;
                        end
                    else 
                        rgb_nxt = rgb_in;
                        
                    if (aim_counter == COUNTER_AIM) begin
                        aim_counter_nxt = 0;
                        obstacle_state_nxt = FALLING;
                        end
                    else begin
                        aim_counter_nxt = aim_counter + 1;
                        obstacle_state_nxt = AIMING;
                    end
                    
                    // x axis following , all 3 squares are moving together  
                    if (obstacle_center_y < mouse_ypos + (BIG_SQUARE_WIDTH/2)) begin              
                        if (counter_obstacle_move >= COUNTER_FAST_MOVE) begin
                            obstacle_center_y_nxt = obstacle_center_y + 1;
                            obstacle_left_y_nxt = obstacle_left_y + 1;
                            obstacle_right_y_nxt = obstacle_right_y + 1;
                            counter_obstacle_move_nxt = 0;
                            end
                        else
                            counter_obstacle_move_nxt = counter_obstacle_move + 1;
                        end
                    else if (obstacle_center_y > mouse_ypos) begin         
                        if (counter_obstacle_move >= COUNTER_FAST_MOVE) begin
                            obstacle_center_y_nxt = obstacle_center_y - 1;
                            obstacle_left_y_nxt = obstacle_left_y - 1;
                            obstacle_right_y_nxt = obstacle_right_y - 1;
                            counter_obstacle_move_nxt = 0;
                            end
                        else
                            counter_obstacle_move_nxt = counter_obstacle_move + 1; 
                        end
                    else begin                                          
                        obstacle_center_y_nxt = obstacle_center_y;
                        counter_obstacle_move_nxt = 0;
                        end
                end //end obstacle_state

                //all 3 of the squares falling together
                FALLING: begin
    
                    if ((hcount_in >= GAME_FIELD_LEFT && hcount_in <= GAME_FIELD_RIGHT && vcount_in >= GAME_FIELD_TOP && vcount_in <= GAME_FIELD_BOTTOM) &&    //squares are visible only inside the game_field
                    (hcount_in >= obstacle_center_x - BIG_SQUARE_WIDTH && hcount_in <= obstacle_center_x + BIG_SQUARE_WIDTH && vcount_in >= obstacle_center_y - BIG_SQUARE_WIDTH && vcount_in <= obstacle_center_y + BIG_SQUARE_WIDTH ))  begin 
                        rgb_nxt = 12'hf_f_f;
                        obstacle_x_nxt = hcount_in;
                        obstacle_y_nxt = vcount_in;
                        end
                   else if ((hcount_in >= GAME_FIELD_LEFT && hcount_in <= GAME_FIELD_RIGHT && vcount_in >= GAME_FIELD_TOP && vcount_in <= GAME_FIELD_BOTTOM) &&    //squares are visible only inside the game_field
                   (hcount_in >= obstacle_left_x - SMALL_SQUARE_WIDTH && hcount_in <= obstacle_left_x + SMALL_SQUARE_WIDTH && vcount_in >= obstacle_left_y - SMALL_SQUARE_WIDTH && vcount_in <= obstacle_left_y + SMALL_SQUARE_WIDTH )) begin
                        rgb_nxt = 12'hf_f_f;
                        obstacle_x_nxt = hcount_in;
                        obstacle_y_nxt = vcount_in;
                        end
                    else if ((hcount_in >= GAME_FIELD_LEFT && hcount_in <= GAME_FIELD_RIGHT && vcount_in >= GAME_FIELD_TOP && vcount_in <= GAME_FIELD_BOTTOM) &&    //squares are visible only inside the game_field
                    (hcount_in >= obstacle_right_x - SMALL_SQUARE_WIDTH && hcount_in <= obstacle_right_x + SMALL_SQUARE_WIDTH && vcount_in >= obstacle_right_y - SMALL_SQUARE_WIDTH && vcount_in <= obstacle_right_y + SMALL_SQUARE_WIDTH )) begin
                        rgb_nxt = 12'hf_f_f;
                        obstacle_x_nxt = hcount_in;
                        obstacle_y_nxt = vcount_in;
                        end
                    else 
                        rgb_nxt = rgb_in;
                        
                        
                    if (obstacle_center_x <= GAME_FIELD_RIGHT - MAX_DIST_FROM_BORDER) begin
                        obstacle_state_nxt = SPLIT;
                        end
                    else begin
                        obstacle_state_nxt =  FALLING;

                        if (counter_obstacle_move >= COUNTER_FAST_MOVE) begin  
                            obstacle_center_x_nxt = obstacle_center_x - 1;
                            obstacle_left_x_nxt = obstacle_left_x - 1;
                            obstacle_right_x_nxt = obstacle_right_x - 1;
                            counter_obstacle_move_nxt = 0;
                            end
                        else begin
                            counter_obstacle_move_nxt = counter_obstacle_move + 1;
                            end
                        end    
                end //end obstacle_state
                
                //"left" and "right" square are starting to go in 45 degree angle towards opposite border
                SPLIT: begin
                    
                    if ((hcount_in >= GAME_FIELD_LEFT && hcount_in <= GAME_FIELD_RIGHT && vcount_in >= GAME_FIELD_TOP && vcount_in <= GAME_FIELD_BOTTOM) &&         //squares are visible only inside the game_field
                    (hcount_in >= obstacle_center_x - BIG_SQUARE_WIDTH && hcount_in <= obstacle_center_x + BIG_SQUARE_WIDTH && vcount_in >= obstacle_center_y - BIG_SQUARE_WIDTH && vcount_in <= obstacle_center_y + BIG_SQUARE_WIDTH ))  begin 
                        rgb_nxt = 12'hf_f_f;
                        obstacle_x_nxt = hcount_in;
                        obstacle_y_nxt = vcount_in;
                        end
                    else if ( (hcount_in >= GAME_FIELD_LEFT && hcount_in <= GAME_FIELD_RIGHT && vcount_in >= GAME_FIELD_TOP && vcount_in <= GAME_FIELD_BOTTOM) &&   //squares are visible only inside the game_field
                    (hcount_in >= obstacle_left_x - SMALL_SQUARE_WIDTH && hcount_in <= obstacle_left_x + SMALL_SQUARE_WIDTH && vcount_in >= obstacle_left_y - SMALL_SQUARE_WIDTH && vcount_in <= obstacle_left_y + SMALL_SQUARE_WIDTH) ) begin
                        rgb_nxt = 12'hf_f_f;
                        obstacle_x_nxt = hcount_in;
                        obstacle_y_nxt = vcount_in;
                        end
                    else if ((hcount_in >= GAME_FIELD_LEFT && hcount_in <= GAME_FIELD_RIGHT && vcount_in >= GAME_FIELD_TOP && vcount_in <= GAME_FIELD_BOTTOM) &&    //squares are visible only inside the game_field
                    (hcount_in >= obstacle_right_x - SMALL_SQUARE_WIDTH && hcount_in <= obstacle_right_x + SMALL_SQUARE_WIDTH && vcount_in >= obstacle_right_y - SMALL_SQUARE_WIDTH && vcount_in <= obstacle_right_y + SMALL_SQUARE_WIDTH )) begin
                        rgb_nxt = 12'hf_f_f;
                        obstacle_x_nxt = hcount_in;
                        obstacle_y_nxt = vcount_in;
                        end
                    else 
                        rgb_nxt = rgb_in;
                        
                    //since all squares are movving towards opposite border with same speed, only need to check if one of them touched bottom    
                    if (obstacle_center_x <= GAME_FIELD_LEFT - BIG_SQUARE_WIDTH) begin
                        state_nxt = THROW_DISTRIBUTOR;
                        throw_counter_nxt = throw_counter + 1;
                        end
                    else begin
                        state_nxt =  THROW_FROM_RIGHT;
                        if (counter_obstacle_move >= COUNTER_FAST_MOVE) begin  
                            obstacle_center_x_nxt = obstacle_center_x - 1;
                            obstacle_left_x_nxt = obstacle_left_x - 1;
                            obstacle_left_y_nxt = obstacle_left_y - 1;
                            obstacle_right_x_nxt = obstacle_right_x - 1;
                            obstacle_right_y_nxt = obstacle_right_y + 1;
                            counter_obstacle_move_nxt = 0;
                            end
                        else begin
                            counter_obstacle_move_nxt = counter_obstacle_move + 1;
                            end
                        end   
                end //end obstacle_state
            endcase //end obstacle_state case

        end //end state
        
    endcase //end state case
end 
   
endmodule